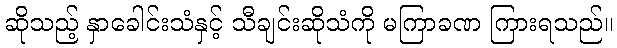
ဆိုသည့် နှာခေါင်းသံနှင့် သီချင်းဆိုသံကို မကြာခဏ ကြားရသည်။